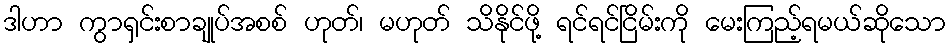
ဒါဟာ ကွာရှင်းစာချုပ်အစစ် ဟုတ်၊ မဟုတ် သိနိုင်ဖို့ ရင်ရင်ငြိမ်းကို မေးကြည့်ရမယ်ဆိုသော